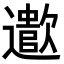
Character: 𬩠